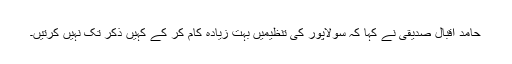
حامد اقبال صدیقی نے کہا کہ سولاپور کی تنظیمیں بہت زیادہ کام کر کے کہیں ذکر تک نہیں کرتیں۔